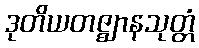
ဒုတိယတဇ္ဈာနသုတ္တံ